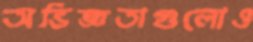
অভিজ্ঞতাগুলোও